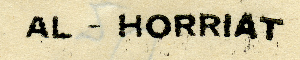
AL – HORRIAT